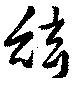
絃